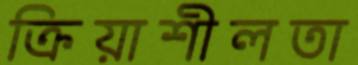
ক্রিয়াশীলতা